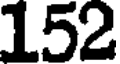
152